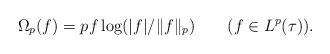
LaTeX: \begin{align*}\Omega_p(f)=pf\log(|f|/\|f\|_p)\quad\quad(f\in L^p(\tau)).\end{align*}